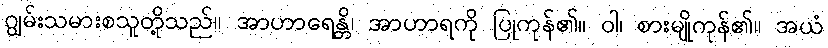
ဂျွမ်းသမားစသူတို့သည်။ အာဟာရေန္တိ၊ အာဟာရကို ပြုကုန်၏။ ဝါ၊ စားမျိုကုန်၏။ အယံ